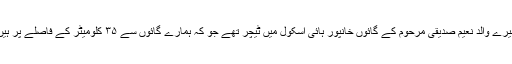
میرے والد نعیم صدیقی مرحوم کے گائوں خانپور ہائی اسکول میں ٹیچر تھے جو کہ ہمارے گائوں سے ۳۵ کلومیٹر کے فاصلے پر ہیں۔